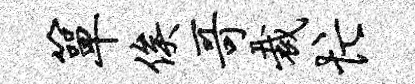
箪俟哥裁忙